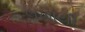
લખાયી